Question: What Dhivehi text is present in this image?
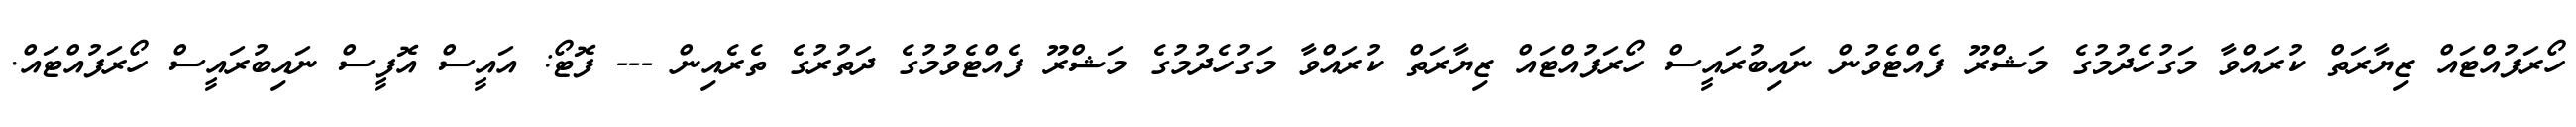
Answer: ހޯރަފުއްޓައް ޒިޔާރަތް ކުރައްވާ މަގުހެދުމުގެ މަޝްރޫ ފެއްޓެވުން ނައިބުރައީސް ހޯރަފުއްޓައް ޒިޔާރަތް ކުރައްވާ މަގުހެދުމުގެ މަޝްރޫ ފެއްޓެވުމުގެ ދަތުރުގެ ތެރެއިން --- ފޮޓޯ: އައީސް އޮފީސް ނައިބުރައީސް ހޯރަފުއްޓައް.